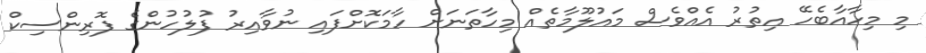
މި މިހާއާބެހޭ އިތުރު އެއްވެސް މައުލޫމާތެއް މިހާތަނަށް ހާމަކޮށްފައި ނުވާއިރު ފުލުހުންގެ ފޮރިންސިކް